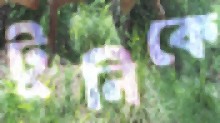
টুনিকে